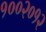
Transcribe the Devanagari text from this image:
१००२०१२